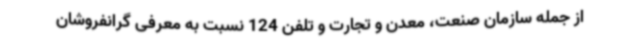
از جمله سازمان صنعت، معدن و تجارت و تلفن 124 نسبت به معرفی گرانفروشان